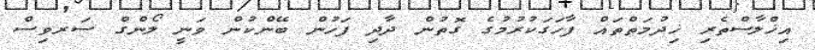
އިޚްލާސްތެރި ޚިދުމަތްތައް ފާހަގަކުރުމުގެ ގޮތުން ދާދި ފަހުން ބޭންކުން ވަނީ ލޯންގް ސަރވިސް